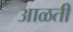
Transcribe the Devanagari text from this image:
आळती